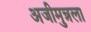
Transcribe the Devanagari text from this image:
अजीमुन्नला